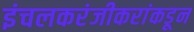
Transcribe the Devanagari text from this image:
इंचलकरंजीकरांकडून